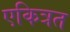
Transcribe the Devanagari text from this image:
एकित्रत